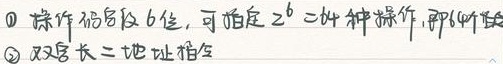
\textcircled{1} 操作码字段6位，可指定 \(2^{6}=64\) 种操作，即64种操作。\textcircled{2} 双字长二地址指令。